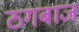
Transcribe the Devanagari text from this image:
ठगबाज